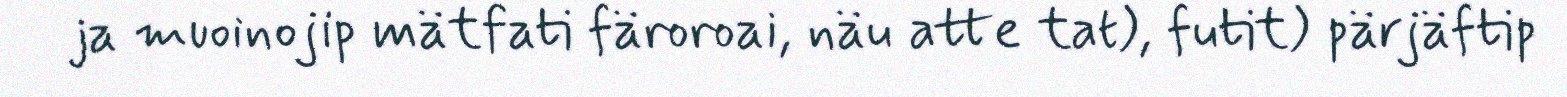
ja muoinojip mätfati färoroai, näu atte tat), futit) pärjäftip